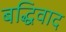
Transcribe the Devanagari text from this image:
बद्धिवाद